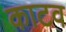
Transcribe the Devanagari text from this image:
काटव